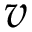
v